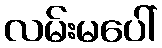
လမ်းမပေါ်